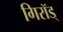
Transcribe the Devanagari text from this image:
गिरॉड्